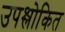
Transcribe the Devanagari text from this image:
उपश्लोकित